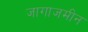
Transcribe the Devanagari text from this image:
जागाजमीन